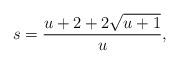
LaTeX: \begin{align*}s=\frac{u+2+2\sqrt{u+1}}{u},\end{align*}